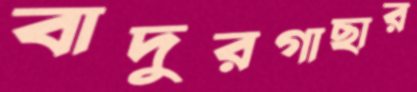
বাদুরগাছার